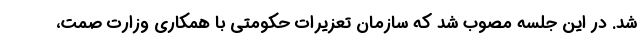
شد. در این جلسه مصوب شد که سازمان تعزیرات حکومتی با همکاری وزارت صمت،